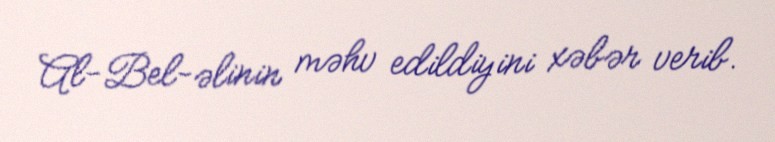
Al-Bel-əlinin məhv edildiyini xəbər verib.